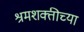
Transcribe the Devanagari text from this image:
श्रमशक्तीच्या